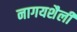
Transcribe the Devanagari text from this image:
नागयशैली